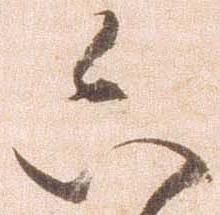
六